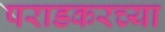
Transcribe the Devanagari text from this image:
पराडकरच्या